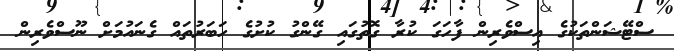
ސްޓޭޝަންތަކުގެ އިސްވެރިން ފާހަގަ ކުރާ ގޮތުގައި ގޭންގު ކުށުގެ ހަބަރުތައް ގެނައުމަށް ނޫސްވެރިން